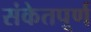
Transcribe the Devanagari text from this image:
संकेतपूर्ण